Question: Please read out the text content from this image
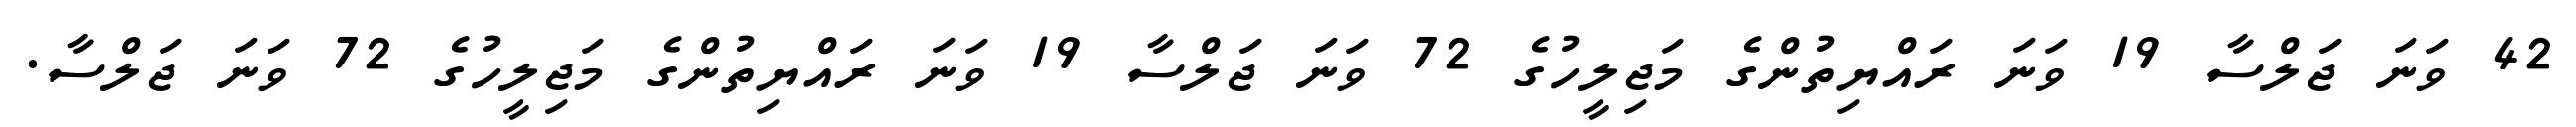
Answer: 42 ވަނަ ޖަލްސާ 19 ވަނަ ރައްޔިތުންގެ މަޖިލީހުގެ 72 ވަނަ ޖަލްސާ 19 ވަނަ ރައްޔިތުންގެ މަޖިލީހުގެ 72 ވަނަ ޖަލްސާ.